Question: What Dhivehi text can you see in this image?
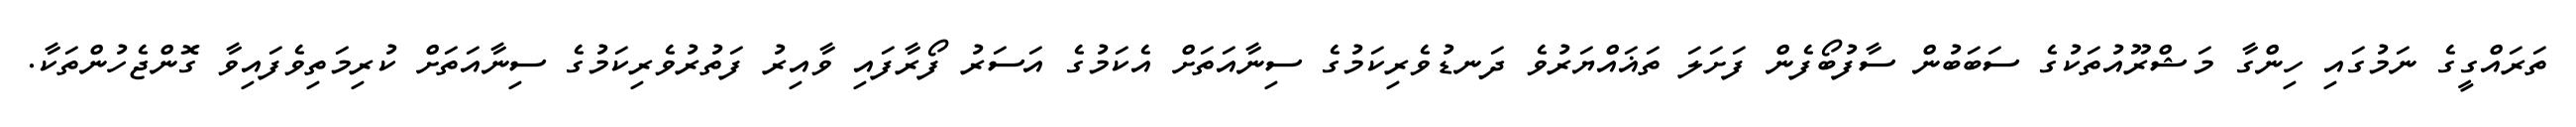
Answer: ތަރައްގީގެ ނަމުގައި ހިންގާ މަޝްރޫއުތަކުގެ ސަބަބުން ސާފުބޯފެން ފަށަލަ ތަޣައްޔަރުވެ ދަނޑުވެރިކަމުގެ ސިނާއަތަށް އެކަމުގެ އަސަރު ފޯރާފައި ވާއިރު ފަތުރުވެރިކަމުގެ ސިނާއަތަށް ކުރިމަތިވެފައިވާ ގޮންޖެހުންތަކާ.